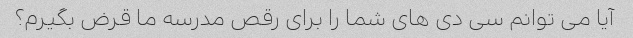
آیا می توانم سی دی های شما را برای رقص مدرسه ما قرض بگیرم؟